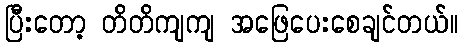
ပြီးတော့ တိတိကျကျ အဖြေပေးစေချင်တယ်။